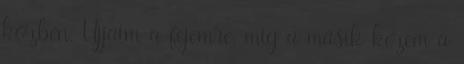
közben. Ujjaim a fejemre, míg a másik kezem a